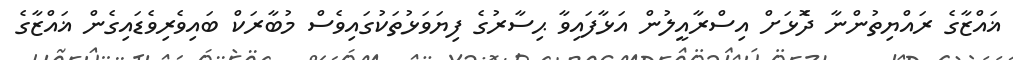
ޣައްޒާގެ ރައްޔިތުންނާ ދެޮޅަށް އިސްރާއީލުން އަޅާފައިވާ ޙިސާރުގެ ފިޔަވަޅުތަކުގައިވެސް މުބާރަކް ބައިވެރިވެޑައިގެން ޣައްޒާގެ